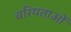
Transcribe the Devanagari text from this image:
वरियताओं